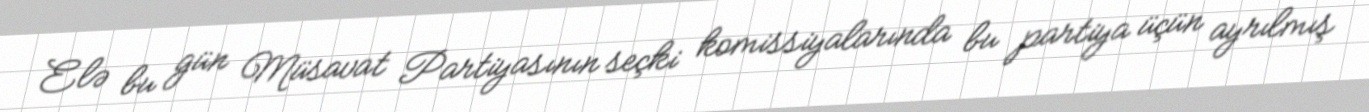
Elə bu gün Müsavat Partiyasının seçki komissiyalarında bu partiya üçün ayrılmış